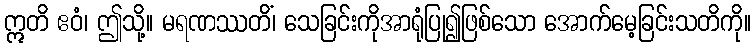
ဣတိ ဧဝံ၊ ဤသို့။ မရဏဿတိံ၊ သေခြင်းကိုအာရုံပြု၍ဖြစ်သော အောက်မေ့ခြင်းသတိကို။